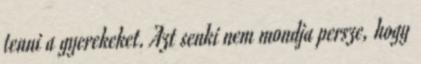
tenni a gyerekeket. Azt senki nem mondja persze, hogy